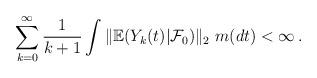
LaTeX: \begin{align*}\sum_{k=0}^\infty \frac{1}{k+1} \int \|{\mathbb E}(Y_k(t)|{\mathcal F}_0)\|_2 \ m(dt) < \infty \, . \end{align*}